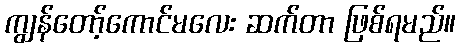
ကျွန်တော့်ကောင်မလေး ဆက်တာ ဖြစ်ရမည်။